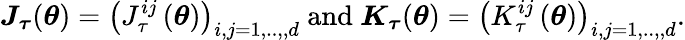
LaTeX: \boldsymbol{J}_{\boldsymbol{\tau}}(\boldsymbol{\theta})=\left(J_{\tau}^{ij}\left(\boldsymbol{\theta}\right)\right)_{i,j=1,..,,d}\mathrm{~and~}\boldsymbol{K}_{\boldsymbol{\tau}}(\boldsymbol{\theta})=\left(K_{\tau}^{ij}\left(\boldsymbol{\theta}\right)\right)_{i,j=1,..,,d}.